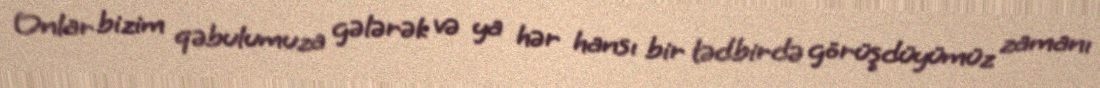
Onlar bizim qəbulumuza gələrək və ya hər hansı bir tədbirdə görüşdüyümüz zamanı